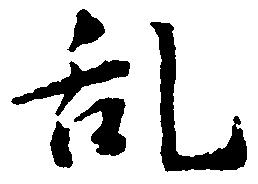
乱